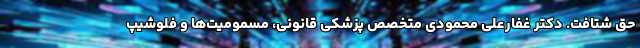
حق شتافت. دکتر غفارعلی محمودی متخصص پزشکی قانونی، مسمومیت‌ها و فلوشیپ